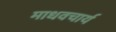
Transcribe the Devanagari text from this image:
माधवचार्य